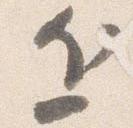
近